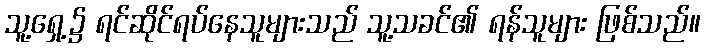
သူ့ရှေ့၌ ရင်ဆိုင်ရပ်နေသူများသည် သူ့သခင်၏ ရန်သူများ ဖြစ်သည်။